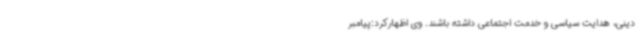
دینی، هدایت سیاسی و خدمت اجتماعی داشته باشند. وی اظهارکرد:پیامبر